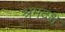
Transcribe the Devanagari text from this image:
श्रमदक्ष